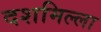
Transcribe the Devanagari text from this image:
दशमिल्ला